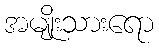
အမျိုးသားရော